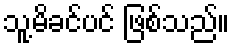
သူ့မိခင်ပင် ဖြစ်သည်။